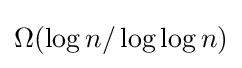
\Omega (\log n/\log \log n)